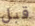
قبل